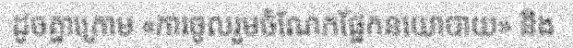
ដូចគ្នាក្រោម «ការចូលរួមចំណែកផ្នែកនយោបាយ» និង